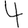
Digit: 4